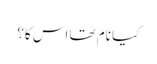
کیا نام تھا اس کا؟